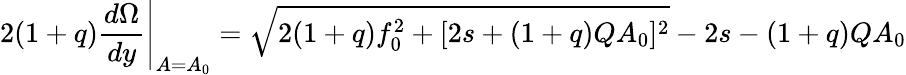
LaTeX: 2(1+q)\frac{d\Omega}{dy}\Bigg\vert_{A=A_{0}}=\sqrt{2(1+q)f_{0}^{2}+[2s+(1+q)QA_{0}]^{2}}-2s-(1+q)QA_{0}